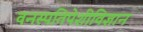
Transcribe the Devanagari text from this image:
वनस्पतिपेशीविज्ञान